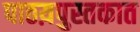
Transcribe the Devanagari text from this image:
पाठय़पुस्तकात